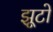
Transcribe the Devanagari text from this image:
झूटो